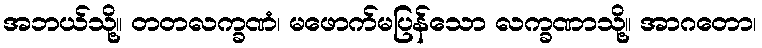
အဘယ်သို့။ တတလက္ခဏံ၊ မဖောက်မပြန်သော လက္ခဏာသို့။ အာဂတော၊